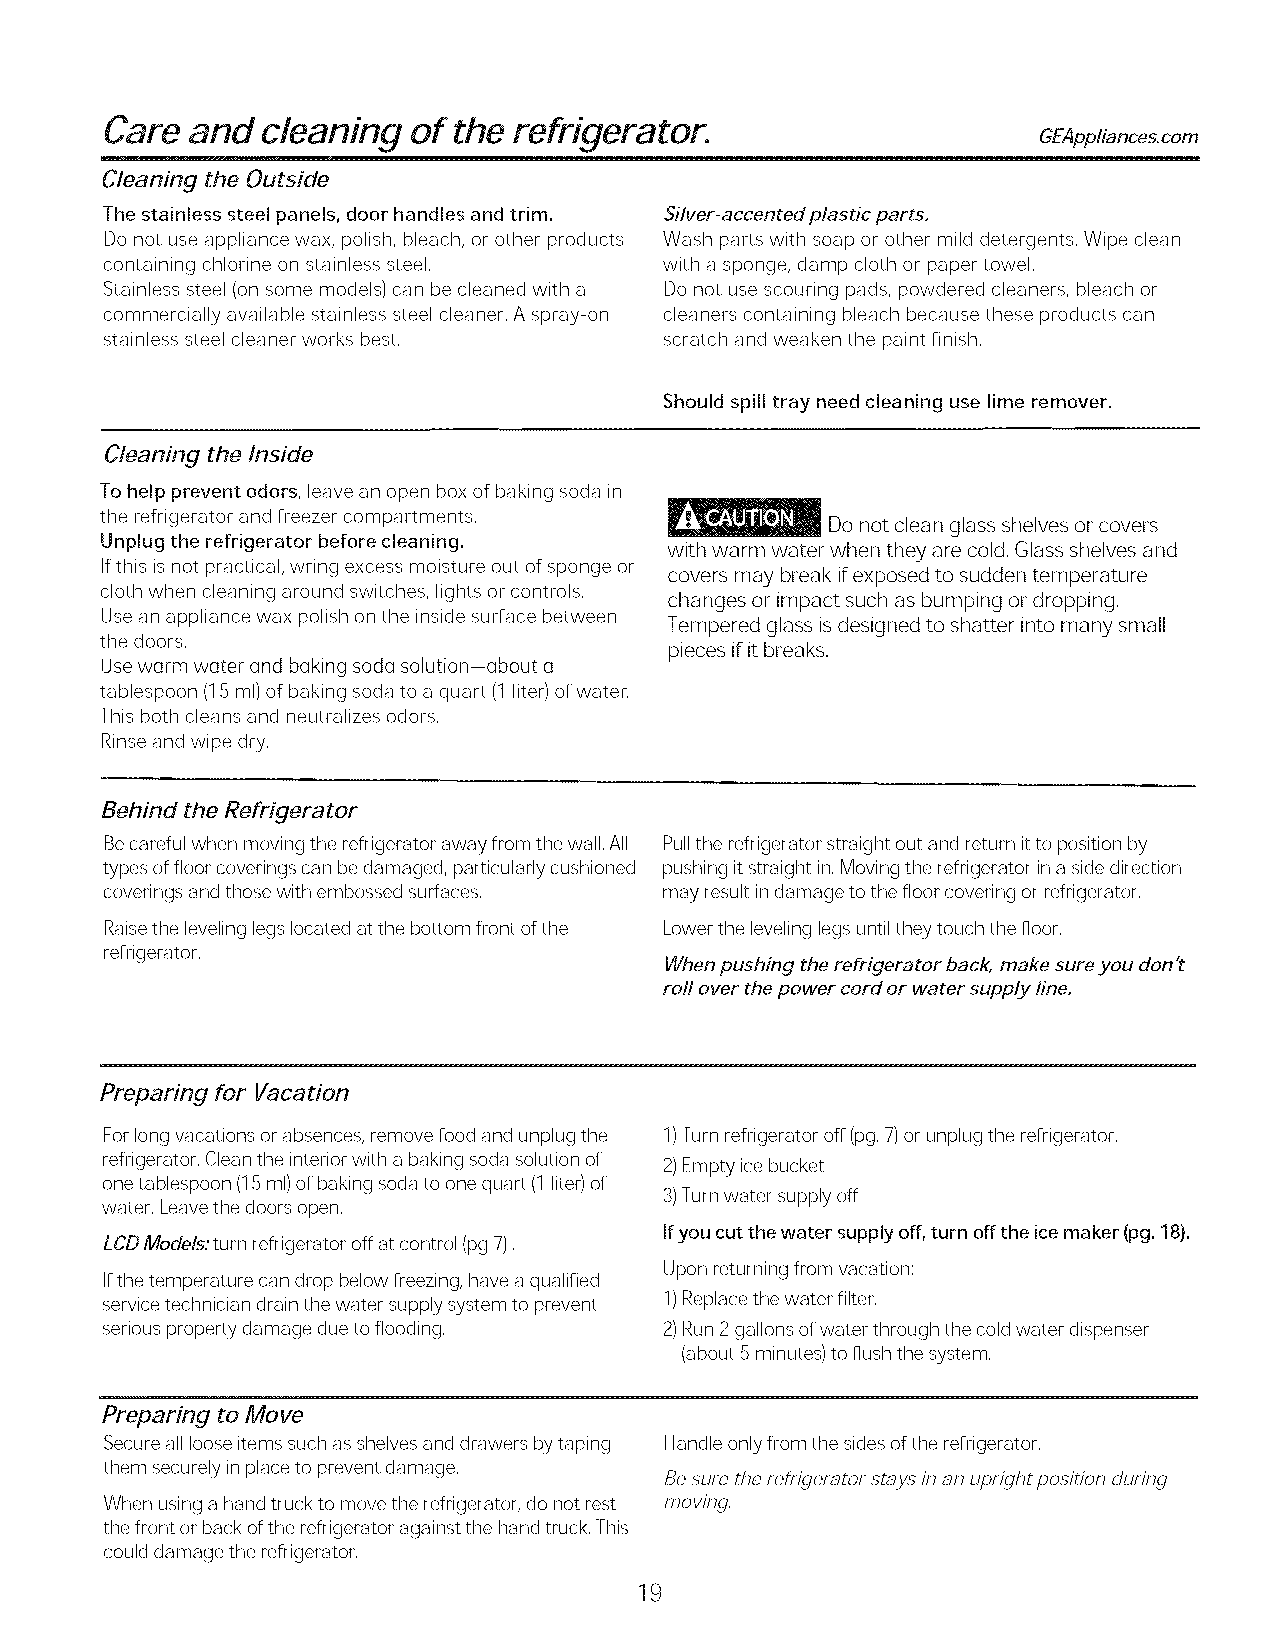
Care and  cleaning  of the refrigerator.                      GEAppliancescom
 Cleaning the Outside
 The stainless steel panels, door handles and trim. Silver-accented plastic parts,
 Do not use appliance wax, polish, bleach, or other products Wash parts with soap or other mild detergents, Wipe clean
 containing chlorine on stainless steel, with a sponge, damp cloth or paper towel,
 Stainless steel (on some models) can be cleaned with a Do not use scouring pads, powdered cleaners, bleach or
 commercially available stainless steel cleaner, A spray-on cleaners containing bleach because these products can
 stainless steel cleaner works best,  scratch and weaken the paint finish,
 Should spill tray need cleaning use lime remover.
 Cleaning the Inside
 To help prevent odors, leave an open box of baking soda in
 the refrigerator and freezer compartments,
 Donot clean glass shelves orcovers
 Unplug the refrigerator before cleaning.
 with warm water when they are cold, Glassshelves and
 Ifthis is not practical, wring excess moisture out of sponge or
 covers may break ifexposed to sudden temperature
 cloth when cleaning around switches, lights or controls,
 changes or impact such as bumping or dropping,
 Use an appliance wax polish on the inside surface between
 Tempered glass isdesigned to shatter into many small
 the doors,
 pieces if itbreaks.
 Use warm water and bGking sod(] solution-about (_
 tablespoon (15 ml)of baking soda to a quart (1liter) of water,
 This both cleans and neutralizes odors,
 Rinse and wipe dry,
 Behind the Refrigerator
 Becareful when moving the refrigerator away from the wall, All Pullthe refrigerator straight out and return itto position by
 types of floor coverings can be damaged, particularly cushioned pushing itstraight in,Moving the refrigerator inaside direction
 coverings and those with embossed surfaces, may result in damage to the floor covering or refrigerator,
 Raisethe leveling legs located at the bottom front of the Lower the leveling legs until they touch the floor,
 refrigerator,
 When pushing the refrigerator back, make sure you don't
 rofl over the power cord or water supply line.
 Preparing for Vacation
 For long vacations orabsences, remove food and unplug the 1)Turn refrigerator off (pg, 7)orunplug the refrigerator,
 refrigerator, Clean the interior with a baking soda solution of 2)Empty ice bucket
 one tablespoon (15ml)of baking soda to one quart (1liter) of
 3)Turn water supply off
 water, Leave the doors open,
 Ifyou cut the water supply off, turn off the icemaker (pg. 18).
 LCD Models: turn refrigerator off at control (pg 7),
 Upon returning from vacation:
 Ifthe temperature can drop below freezing, have aqualified
 service technician drain the water supply system to prevent 1)Replace the water filter,
 serious property damage due to flooding, 2)Run2 gallons of water through the cold water dispenser
 (about 5 minutes) to flush the system,
 Preparing to Move
 Secure all loose items such as shelves and drawers by taping Handle only from the sides of the refrigerator,
 them securely in place to prevent damage,
 Be sure the refrigerator smj/s in an upright position during
 When using ahand truck to move the refrigerator, do not rest moving,
 the front or back ofthe refrigerator against the hand truck, This
 could damage the refrigerator,
 19